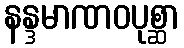
နန္ဒမာဏဝပုစ္ဆာ